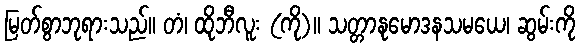
မြတ်စွာဘုရားသည်။ တံ၊ ထိုဘီလူး (ကို)။ သတ္တာနုမောဒနသမယေ၊ ဆွမ်းကို